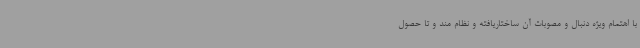
با اهتمام ویژه دنبال و مصوبات آن ساختاریافته و نظام مند و تا حصول